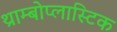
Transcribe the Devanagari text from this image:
थ्राम्बोप्लास्टिक